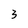
Character: 3